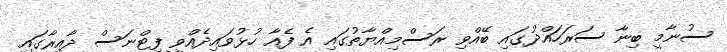
ސުނާމީ ބިނާ ސަރަހައްދުގައި ބޭއްވި ރަސްމިއްޔާތުގައި އެ ފެއާ ހުޅުވައިދެއްވީ ފިޓްނަސް ދާއިރާގައި